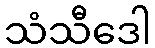
သံသီဒေါ